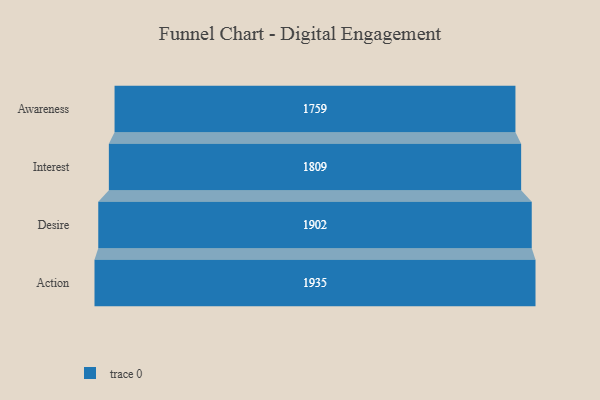
{"axis": {"x": "Stage", "y": "Value"}, "legend": [""], "data": [{"x": "Awareness", "y": 1759.0, "type": ""}, {"x": "Interest", "y": 1809.0, "type": ""}, {"x": "Desire", "y": 1902.0, "type": ""}, {"x": "Action", "y": 1935.0, "type": ""}]}